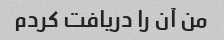
من آن را دریافت کردم